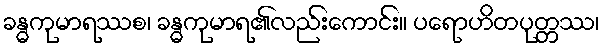
ခန္ဓကုမာရဿစ၊ ခန္ဓကုမာရ၏လည်းကောင်း။ ပရောဟိတပုတ္တဿ၊